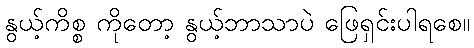
နွယ့်ကိစ္စ ကိုတော့ နွယ့်ဘာသာပဲ ဖြေရှင်းပါရစေ။